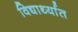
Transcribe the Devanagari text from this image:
विद्यार्थ्यात